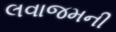
લવાજમની